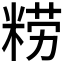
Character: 𰪿